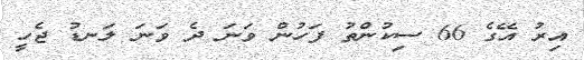
އިރު އޭގެ 66 ސިކުންތު ފަހުން ވަނަ ދެ ވަނަ ލަނޑު ޖެހީ